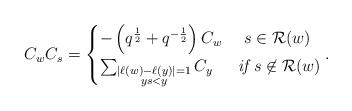
LaTeX: \begin{align*}C_wC_s=\begin{cases}-\left(q^{\frac{1}{2}}+q^{-\frac{1}{2}}\right)C_w&~s\in\mathcal{R}(w)\\\sum_{\substack{|\ell(w)-\ell(y)|=1 \\ ys<y}}C_y&\textit{if}~s\not\in\mathcal{R}(w)\end{cases}.\end{align*}